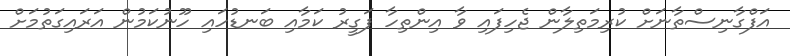
އަފްގާނިސްތާނަށް ކުރިމަތިލާން ޖެހިފައި ވާ އިންތިހާ ފަގީރު ކަމާއި ބަނޑުހައި ހޫނުކަމުން އަރައިގަތުމަށް